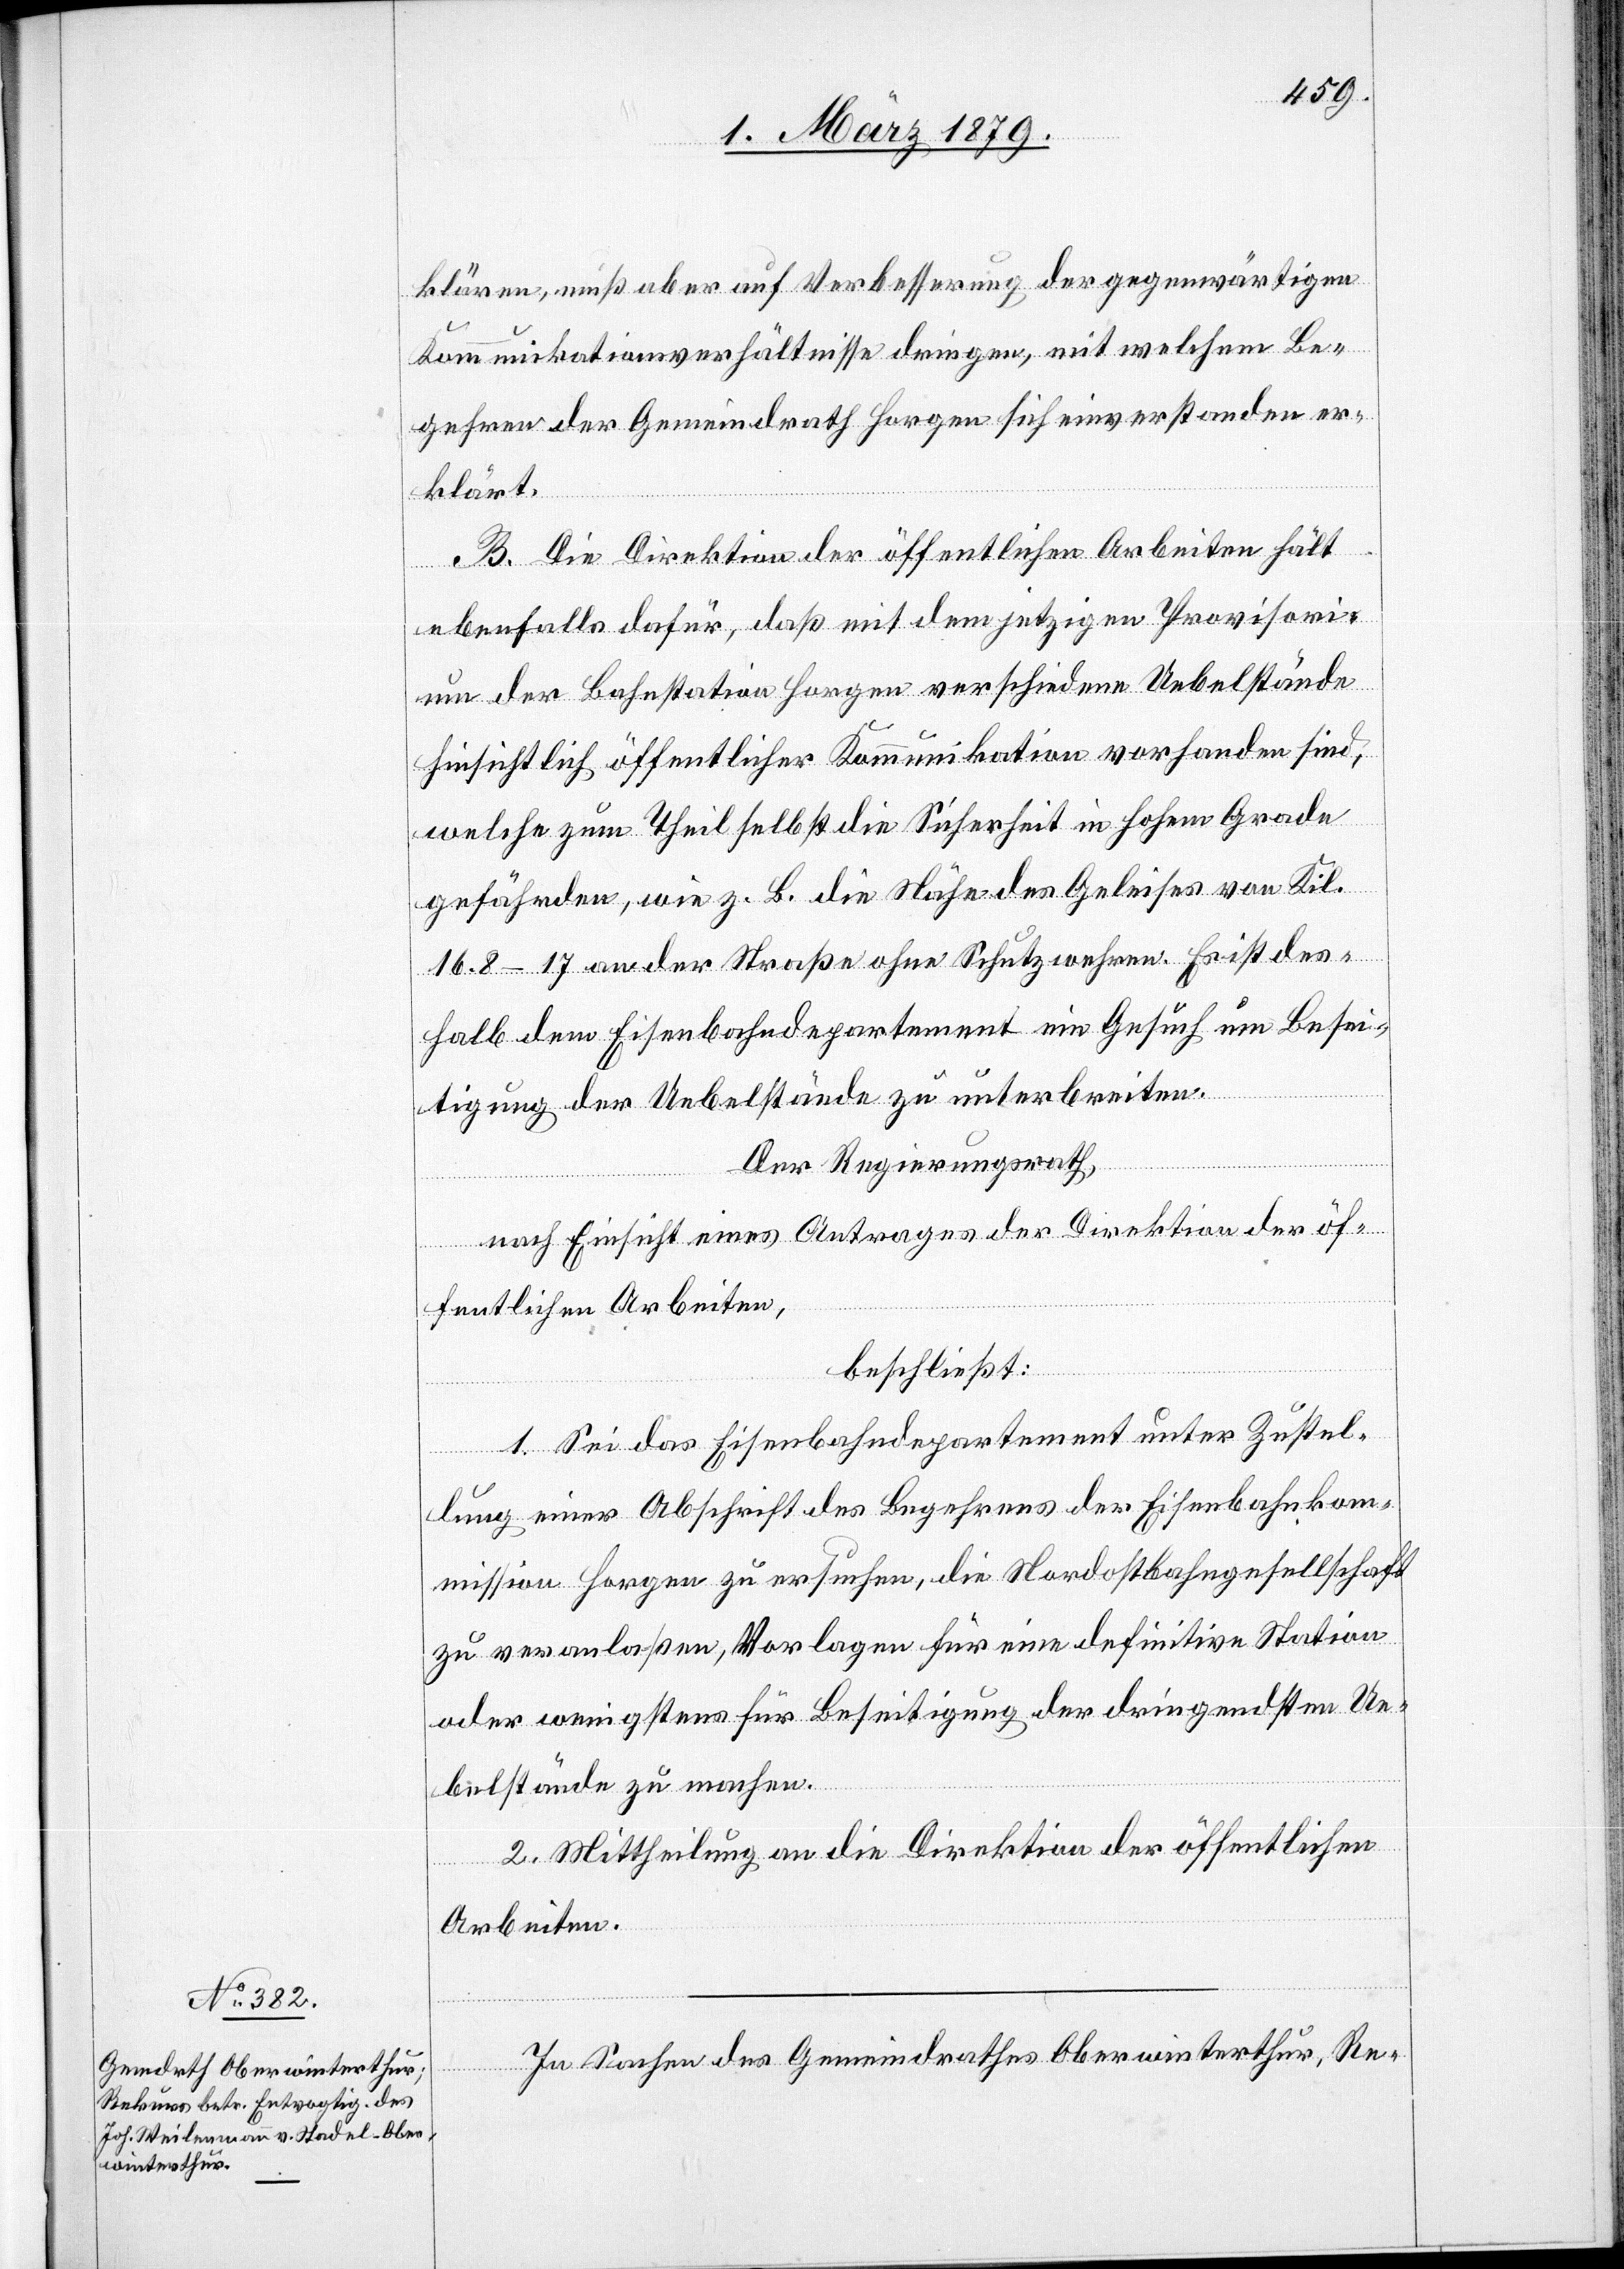
klären, muß aber auf Verbesserung der gegenwärtigen
Kommunikationsverhältnisse dringen, mit welchem Be¬
gehren der Gemeindrath Horgen sich einverstanden er¬
klärt.
B. Die Direktion der öffentlichen Arbeiten hält
ebenfalls dafür, daß mit dem jetzigen Provisori¬
um der Bahnstation Horgen verschiedene Uebelstände
hinsichtlich öffentlicher Kommunikation vorhanden sind,
welche zum Theil selbst die Sicherheit in hohem Grade
gefährden, wie z. B. die Nähe des Geleises von Kil.
16.8–17 an der Straße ohne Schutzwehren. Es ist des¬
halb dem Eisenbahndepartement ein Gesuch um Besei¬
tigung der Uebelstände zu unterbreiten.
Der Regierungsrath,
nach Einsicht eines Antrages der Direktion der öf¬
fentlichen Arbeiten,
beschließt:
1. Sei das Eisenbahndepartement unter Zustel¬
lung einer Abschrift des Begehrens der Eisenbahnkom¬
mission Horgen zu ersuchen, die Nordostbahngesellschaft
zu veranlaßen, Vorlagen für eine definitive Station
oder wenigstens für Beseitigung der dringendsten Ue¬
belstände zu machen.
2. Mittheilung an die Direktion der öffentlichen
Arbeiten.
In Sachen des Gemeindrathes Oberwinterthur, Re-